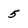
Character: 5